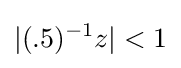
|(.5)^{-1}z|<1